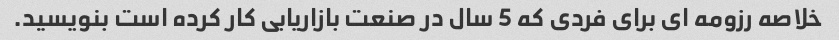
خلاصه رزومه ای برای فردی که 5 سال در صنعت بازاریابی کار کرده است بنویسید.